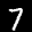
Label: 7